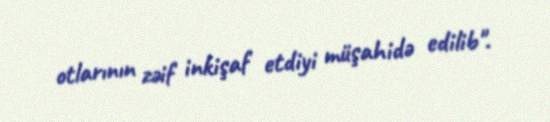
otlarının zəif inkişaf etdiyi müşahidə edilib".